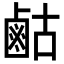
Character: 𮭫